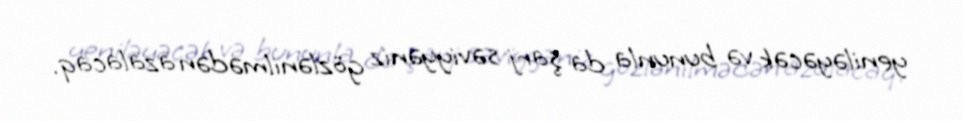
yeniləyəcək və bununla da şarj səviyyəniz gözlənilmədən azalacaq.